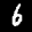
Label: 6